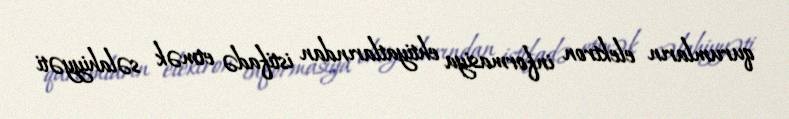
qurumların elektron informasiya ehtiyatlarından istifadə etmək səlahiyyəti